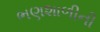
ભણશાળીની